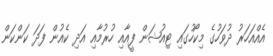
އެއްއަހަރު ދުވަހުގެ މިކޯހުގައި ޓިއުޝަން ފީއާއި ހުރުމާއި އަދި ކެއުން ފަދަ ކަންކަން